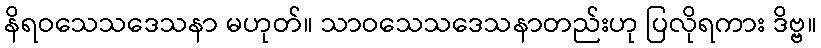
နိရဝသေသဒေသနာ မဟုတ်။ သာဝသေသဒေသနာတည်းဟု ပြလိုရကား ဒိဗ္ဗ။